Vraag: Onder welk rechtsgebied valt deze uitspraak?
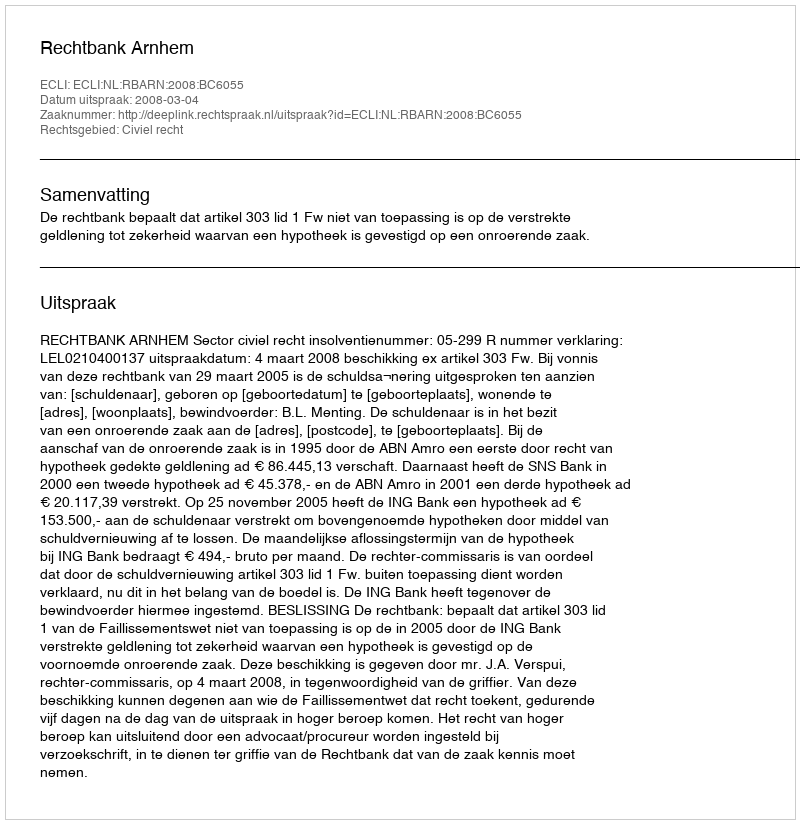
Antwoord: Civiel recht